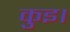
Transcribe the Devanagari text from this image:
कुइ।